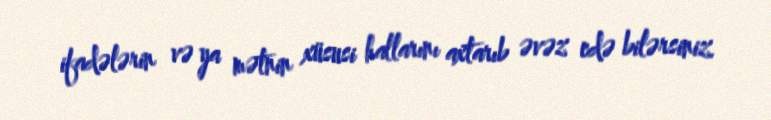
ifadələrin və ya mətnin xüsusi hallarını axtarıb əvəz edə bilərsiniz.